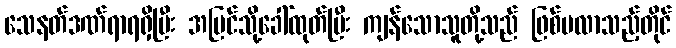
သေနတ်ဒဏ်ရာရရှိပြီး အပြင်သို့ခေါ်ထုတ်ပြီး ကျန်သောသူတို့သည် ဖြစ်မလာသည့်တိုင်